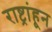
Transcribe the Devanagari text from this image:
राष्ट्रांहून